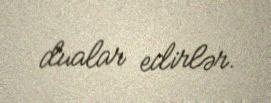
dualar edirlər.